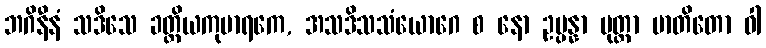
ဘဂိနီနံ သဒိသေ ခတ္တိယကုမာရကေ, အသဒိသသံယောဂေ စ နော ဥပ္ပန္နာ ပုတ္တာ မာတိတော ဝါ